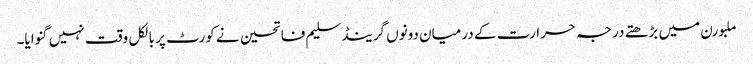
ملبورن میں بڑھتے درجہ حرارت کے درمیان دونوں گرینڈسلیم فاتحین نے کورٹ پر بالکل وقت نہیں گنوایا۔